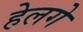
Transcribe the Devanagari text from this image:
हेलगे